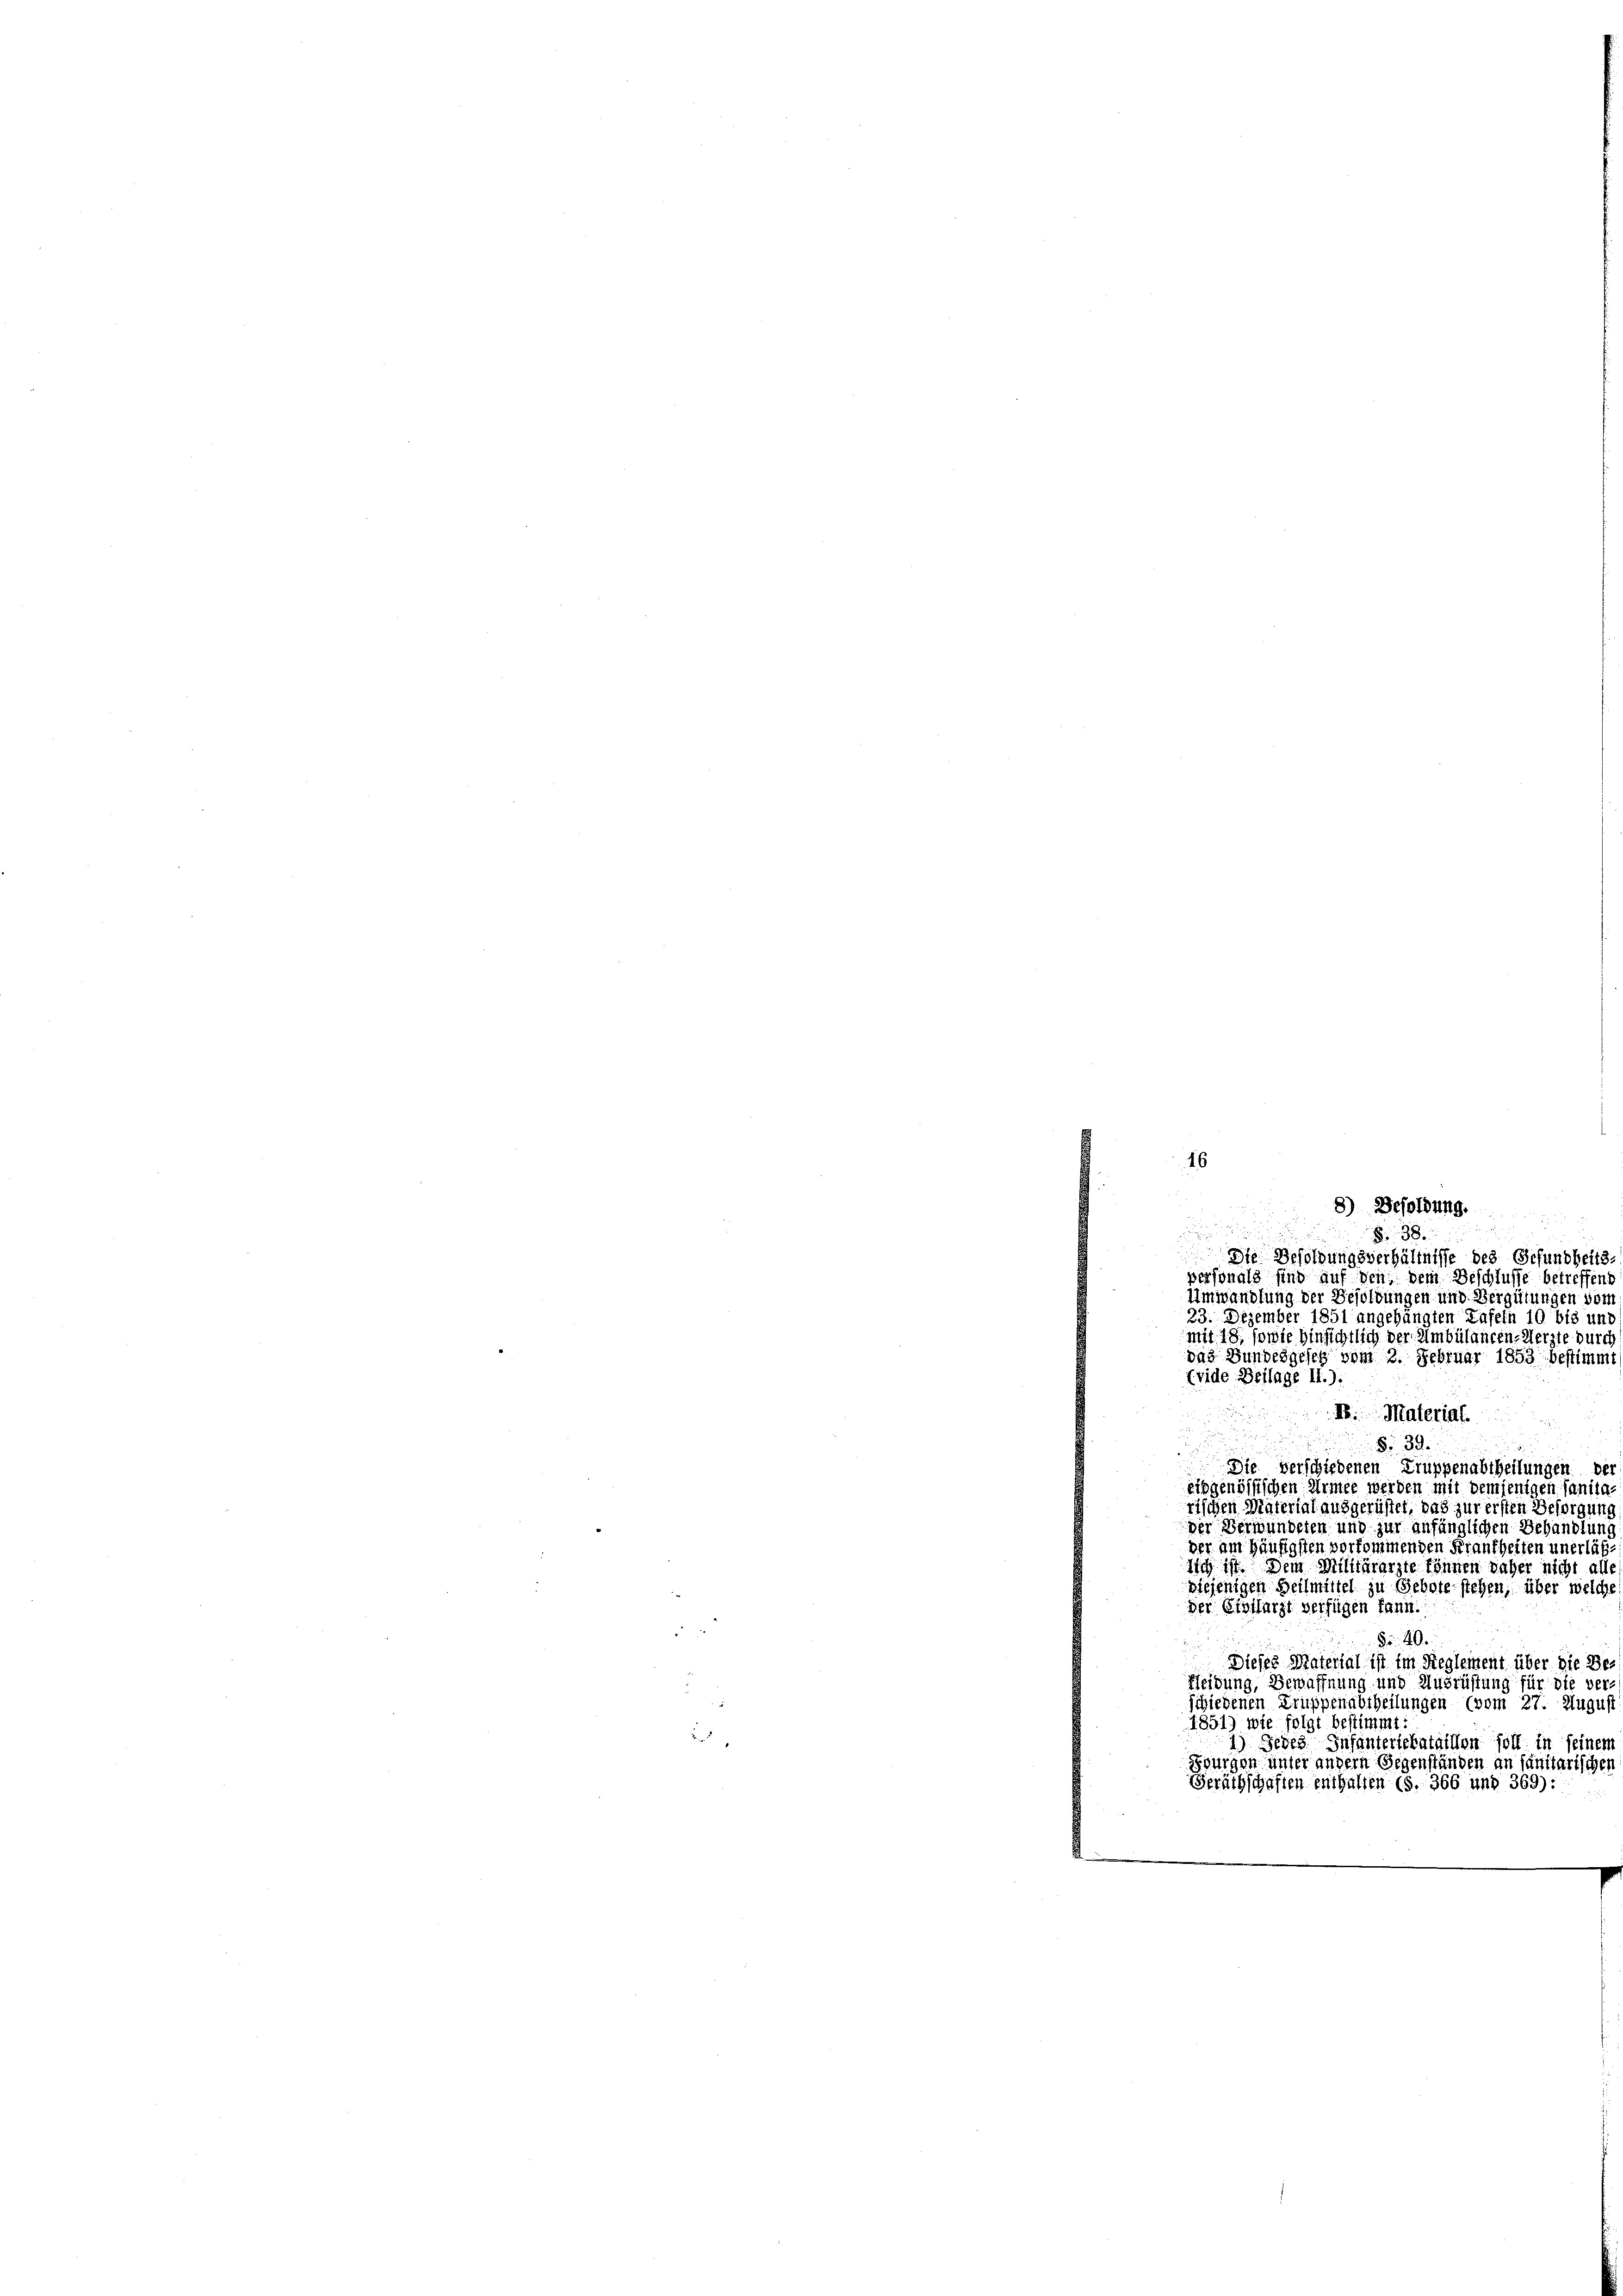
16

8) Besoldung.
n
38
Die Befolgungsverhältnisse des Gesundheits.
personals sind auf den dem Beschlusse betreffend
Umwandlung der Besoldungen und Vergütungen vom
23. Dezember 1851 angehängten Tafeln 10 bis und
mit 18, sowie hinsichtlich der Ambülancen-Aerzte durch
das Bundesgesetz vom 2. Februar 1853 bestimmt
(vide Beilage II.):
IV. Material.
§. 39.

Die verschiedenen Truppenabtheilungen der
eisgenössischen Armee werden mit demjenigen sanitarischen Material ausgerüstet, das zur ersten Besorgung
der Verwunderen und zur anfänglichen Behandlung
der am Häufigsten vorkommenden Frankheiten unerläß¬
Iich ist. Dem Militärarzte können daher nicht alle
diejenigen Heilmittel zu Gebotestehen, über welche
der Civilarzt verfügen kann.
5
§ 40.
Dieses Material ist im Reglement über die Bes
Kleidung, Bewaffnung und Ausrüstung für die ver-
schiedenen Truppenabtheilungen (vom 27. August
1851) wie folgt bestimmt:
1) Jedes Infanteriekataillon soll in seinem
Bourgen unter andern Gegenständen an sanitarischen
Geräthschaften enthalten (S. 366 und 369):